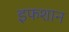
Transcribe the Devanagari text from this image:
इफशान